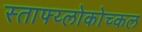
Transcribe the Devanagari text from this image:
स्ताफ्य्लोकोच्कल